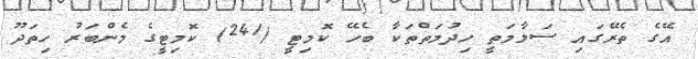
އޭގެ ތެރޭގައި ސަލާމަތީ ހިދުމަތްތަކާ ބެހޭ ކޮމިޓީ (241) ކޮމިޓީގެ މެންބަރު ހިތަދޫ